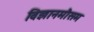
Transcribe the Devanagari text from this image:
विज्ञानमौसम